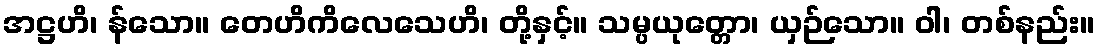
အဋ္ဌဟိ၊ န်သော။ တေဟိကိလေသေဟိ၊ တို့နှင့်။ သမ္ပယုတ္တော၊ ယှဉ်သော။ ဝါ၊ တစ်နည်း။